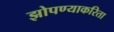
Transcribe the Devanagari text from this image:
झोपण्याकरिता